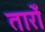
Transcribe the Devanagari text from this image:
तारोँ